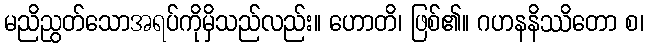
မညိညွတ်သောအရပ်ကိုမှိသည်လည်း။ ဟောတိ၊ ဖြစ်၏။ ဂဟနနိဿိတော စ၊